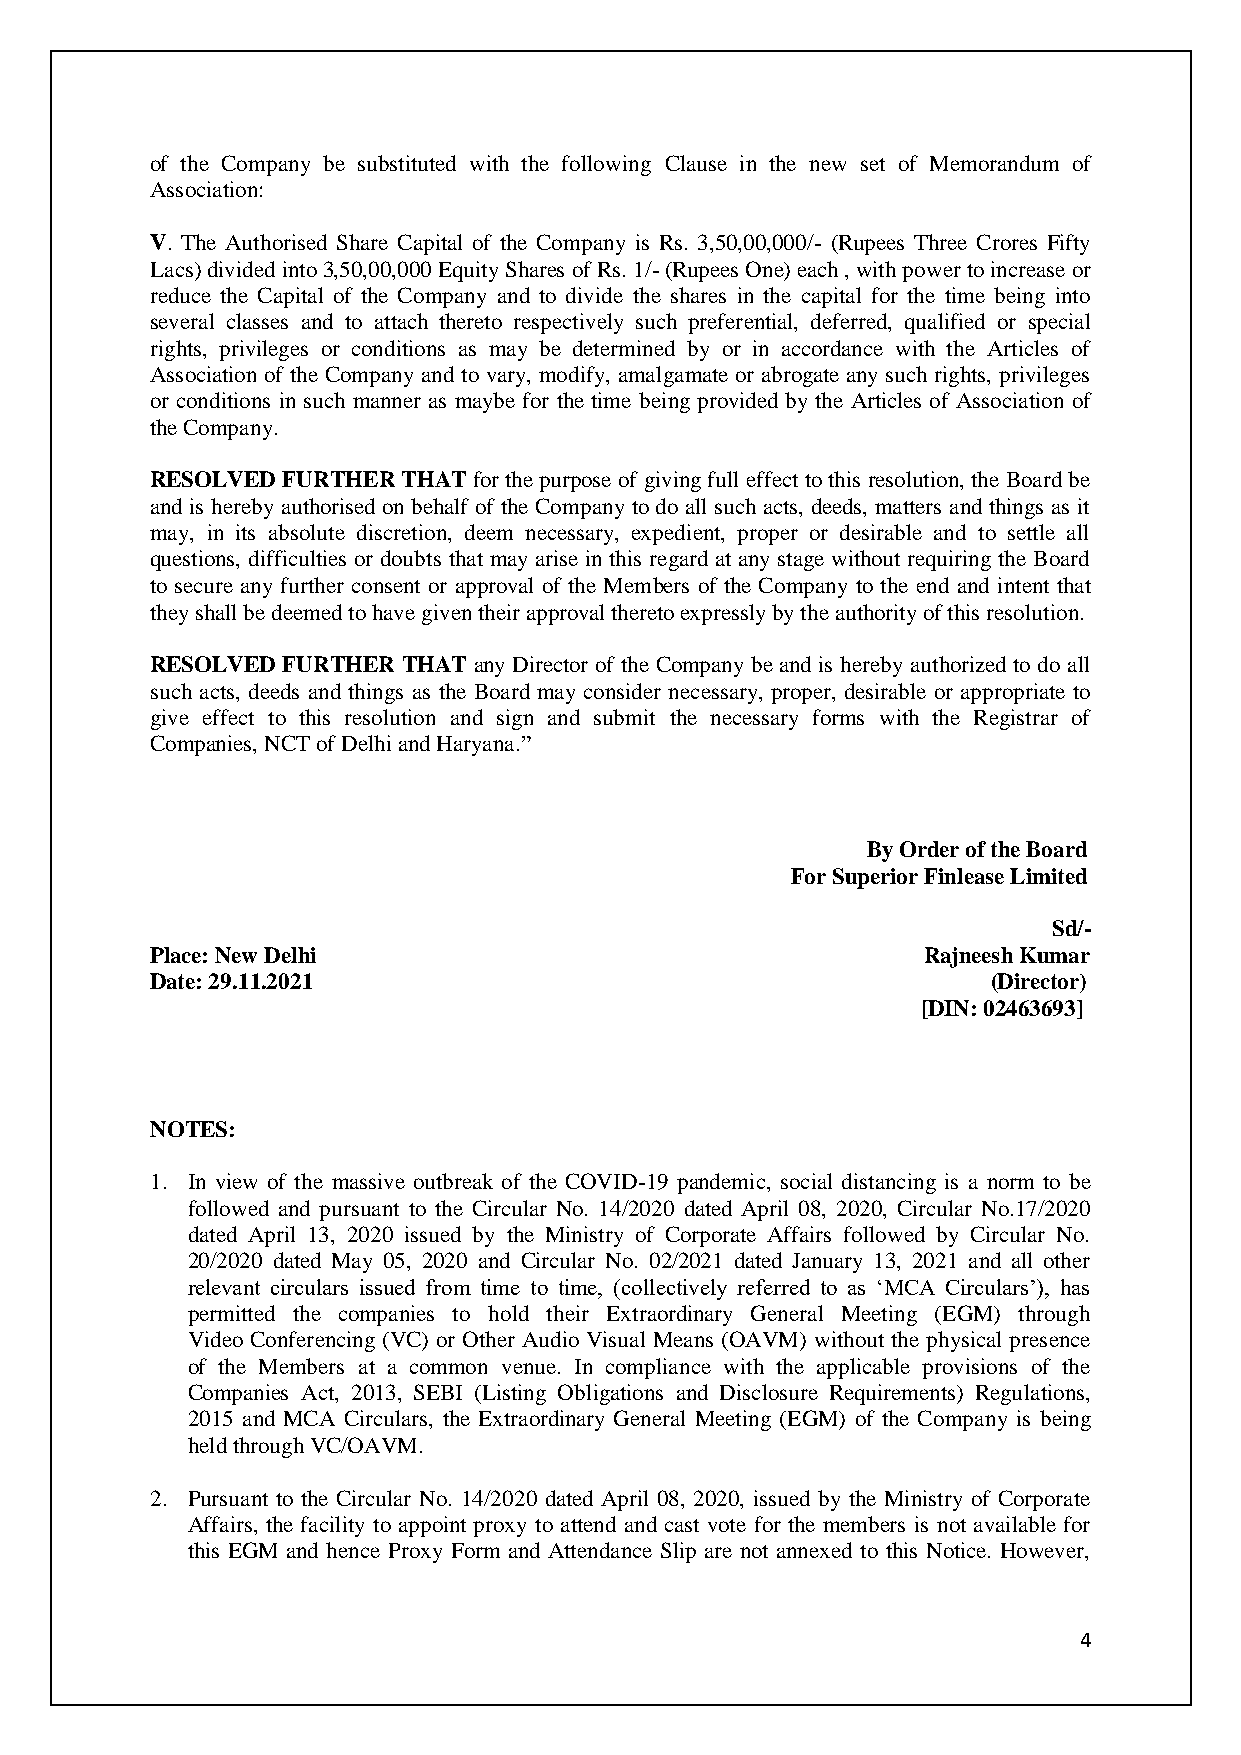
of the Company be substituted with the following Clause in the new set of Memorandum of
 Association:
 V. The Authorised Share Capital of the Company is Rs. 3,50,00,000/- (Rupees Three Crores Fifty
 Lacs) divided into 3,50,00,000 Equity Shares of Rs. 1/- (Rupees One) each , with power to increase or
 reduce the Capital of the Company and to divide the shares in the capital for the time being into
 several classes and to attach thereto respectively such preferential, deferred, qualified or special
 rights, privileges or conditions as may be determined by or in accordance with the Articles of
 Association of the Company and to vary, modify, amalgamate or abrogate any such rights, privileges
 or conditions in such manner as maybe for the time being provided by the Articles of Association of
 the Company.
 RESOLVED FURTHER THAT for the purpose of giving full effect to this resolution, the Board be
 and is hereby authorised on behalf of the Company to do all such acts, deeds, matters and things as it
 may, in its absolute discretion, deem necessary, expedient, proper or desirable and to settle all
 questions, difficulties or doubts that may arise in this regard at any stage without requiring the Board
 to secure any further consent or approval of the Members of the Company to the end and intent that
 they shall be deemed to have given their approval thereto expressly by the authority of this resolution.
 RESOLVED FURTHER THAT any Director of the Company be and is hereby authorized to do all
 such acts, deeds and things as the Board may consider necessary, proper, desirable or appropriate to
 give effect to this resolution and sign and submit the necessary forms with the Registrar of
 Companies, NCT of Delhi and Haryana.”
 By Order of the Board
 For Superior Finlease Limited
 Sd/-
 Place: New Delhi                                   Rajneesh Kumar
 Date: 29.11.2021                                        (Director)
 [DIN: 02463693]
 NOTES:
 1. In view of the massive outbreak of the COVID-19 pandemic, social distancing is a norm to be
 followed and pursuant to the Circular No. 14/2020 dated April 08, 2020, Circular No.17/2020
 dated April 13, 2020 issued by the Ministry of Corporate Affairs followed by Circular No.
 20/2020 dated May 05, 2020 and Circular No. 02/2021 dated January 13, 2021 and all other
 relevant circulars issued from time to time, (collectively referred to as ‘MCA Circulars’), has
 permitted the companies to hold their Extraordinary General Meeting (EGM) through
 Video Conferencing (VC) or Other Audio Visual Means (OAVM) without the physical presence
 of the Members at a common venue. In compliance with the applicable provisions of the
 Companies Act, 2013, SEBI (Listing Obligations and Disclosure Requirements) Regulations,
 2015 and MCA Circulars, the Extraordinary General Meeting (EGM) of the Company is being
 held through VC/OAVM.
 2. Pursuant to the Circular No. 14/2020 dated April 08, 2020, issued by the Ministry of Corporate
 Affairs, the facility to appoint proxy to attend and cast vote for the members is not available for
 this EGM and hence Proxy Form and Attendance Slip are not annexed to this Notice. However,
 4